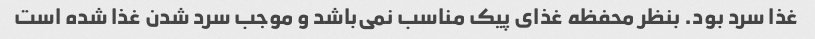
غذا سرد بود. بنظر محفظه غذای پیک مناسب نمی‌باشد و موجب سرد شدن غذا شده است